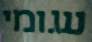
עגומי